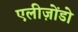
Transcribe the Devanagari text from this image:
एलीज़ोंडो